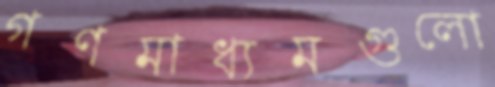
গণমাধ্যমগুলো